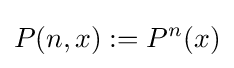
P(n,x):=P^{n}(x)